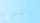
بالدموع